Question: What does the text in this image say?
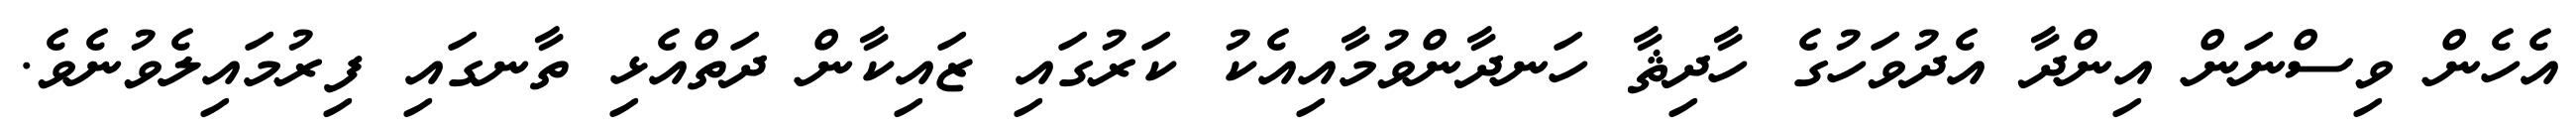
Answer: އެހެން ވިސްނަން އިންދާ އެދުވަހުގެ ހާދިޘާ ހަނދާންވުމާއިއެކު ކަރުގައި ޒައިކާން ދަތްއެޅި ތާނގައި ފިރުމައިލެވުނެވެ.